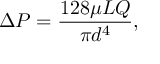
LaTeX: \Delta P = { \frac { 1 2 8 \mu L Q } { \pi d ^ { 4 } } } ,